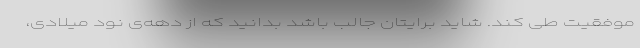
موفقیت طی کند. شاید برایتان جالب باشد بدانید که از دهه‌ی نود میلادی،